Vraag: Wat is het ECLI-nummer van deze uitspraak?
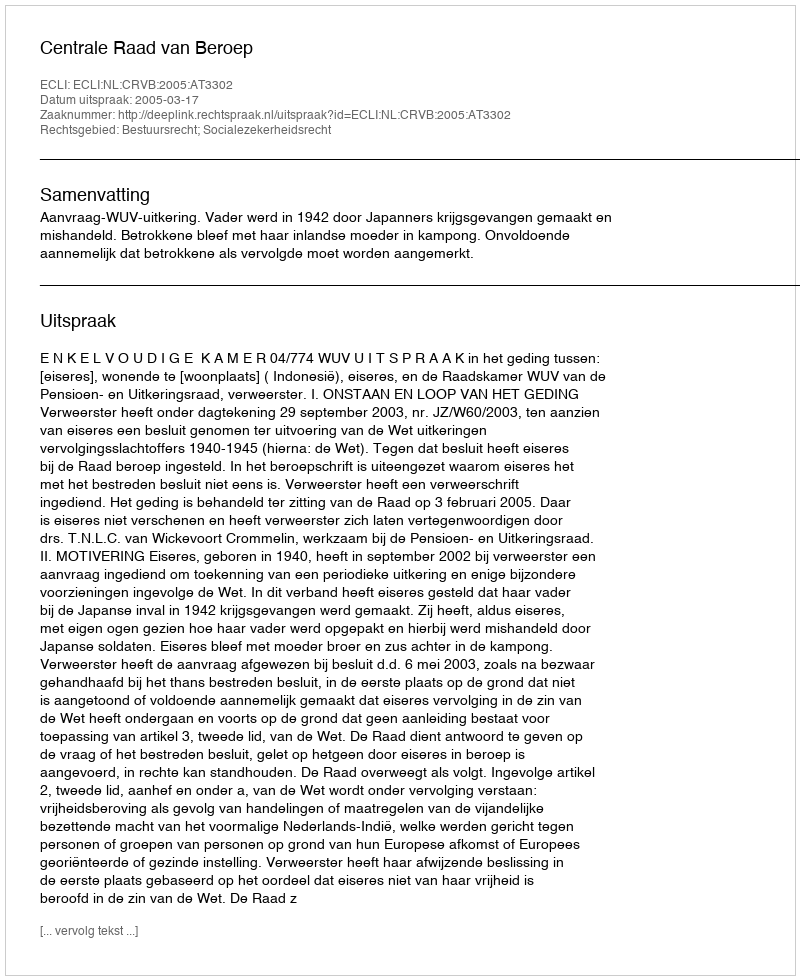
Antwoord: ECLI:NL:CRVB:2005:AT3302